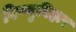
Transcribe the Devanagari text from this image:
विष्णुविहार